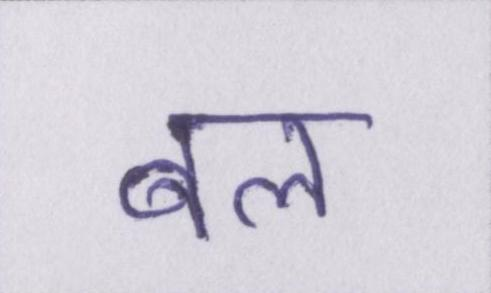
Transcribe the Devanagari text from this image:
बल